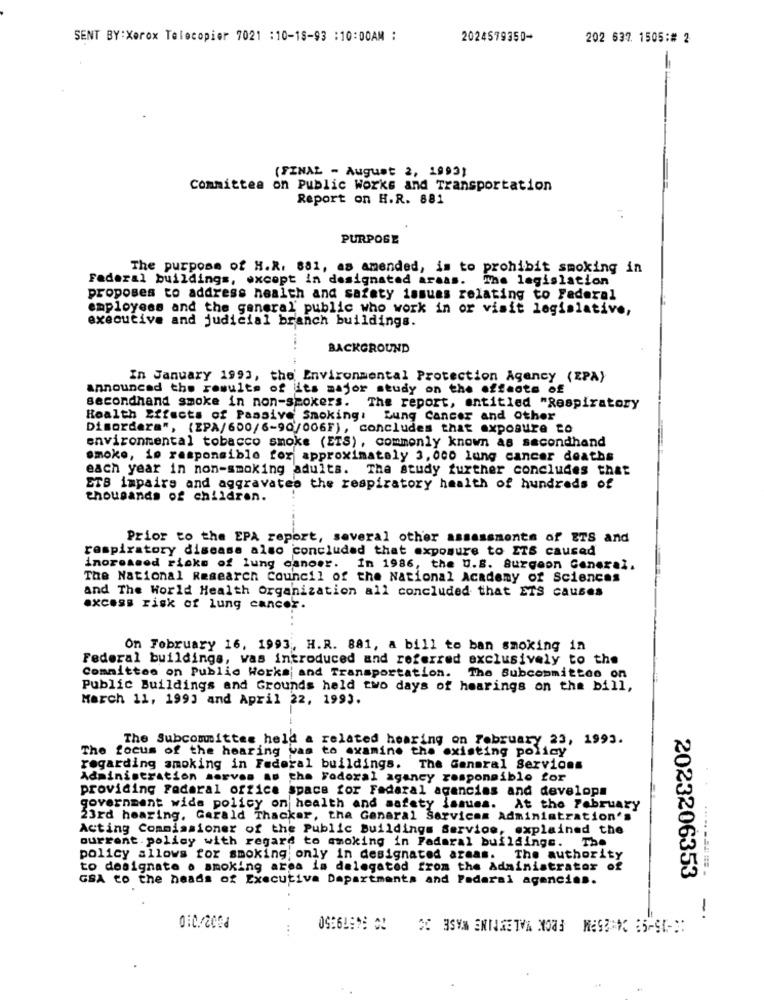
SENT BY: Xerox Telecopier 7021 : 10-18-93 :10:00AM :
2024579350-
202 637. 1505:# 2
(FINAL - August 2, 1992)
Committee on Public Works and Transportation
Report on H.R. 881
PURPOSE
The purpose of H.R. 881, as amended, is to prohibit smoking in
Federal buildings, except in designated areas.
The legislation
proposes to address health and safety issues relating to Federal
employees and the general public who work in or visit legislative,
executive and judicial branch buildings.
BACKGROUND
In January 1993, the Environmental Protection Agency (EPA)
announced the results of its major study on the effects of
secondhand smoke in non-smokers. The report, entitled "Respiratory
Health Effects of Passive Smoking: Lung Cancer and Other
Disordera", (EPA/600/6-90/006F), concludes that exposure to
environmental tobacco smoke (ETS), commonly known as secondhand
smoke, is responsible for approximately 3, 000 lung cancer deaths
each year in non-smoking adults. The study further concludes that
ETS impaire and aggravates the respiratory health of hundreds of
thousands of children.
Prior to the EPA report, several other assessments of ETS and
respiratory disease also concluded that exposure to ITS caused
increased ricks of lung cancer. In 1986, the U.S. Surgeon General.
The National Research Council of the National Academy of Sciences
and The World Health Organization all concluded that ETS causes
excess risk of lung cancer.
On February 16, 1993, H.R. 881, a bill to ban smoking in
Federal buildings, was introduced and referred exclusively to the
Committee on Public Works and Transportation. The Subcommittee on
Public Buildings and Grounds held two days of hearings on the bill,
March 11, 1993 and April 22, 1993.
The Subcommittee held a related hearing on February 23, 1993.
The focus of the hearing was to examine the existing policy
regarding smoking in Federal buildings. The General Services
Administration serves as the Federal agency responsible for
providing Fadaral office space for Fadaral agencias and developa
government wide policy on health and safety issues. At the February
23rd hearing. Gerald Thacker, the General Services Administration's
Acting Commissioner of the Public Buildings Servios, explained the
ourrent. policy with regard to smoking in Fadaral buildings. The
policy allows for smoking. only in designated armas. The authority
to designate . smoking area is delegated from the Administrator of
GSA to the heads of Executiva Dapartments and Federal agencies.
2023206353
-.
0:0/2001
...